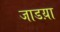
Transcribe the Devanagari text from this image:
जाडय़ा